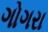
ગોગરા